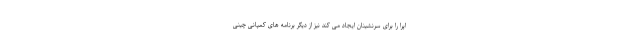
اپرا را برای سرنشینان ایجاد می کند نیز از دیگر برنامه های کمپانی چینی